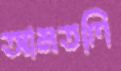
আমতলি